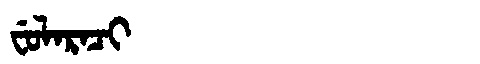
Manchu: ᠸᡠᠯᠠᡵᠠᠴᡳ
Romanization: FULARACI